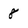
Character: 8